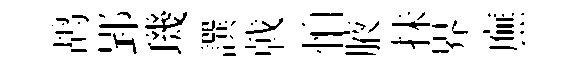
鸪郢璣譔戟怕腋抺界廡